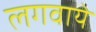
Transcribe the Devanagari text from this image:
लगवाये